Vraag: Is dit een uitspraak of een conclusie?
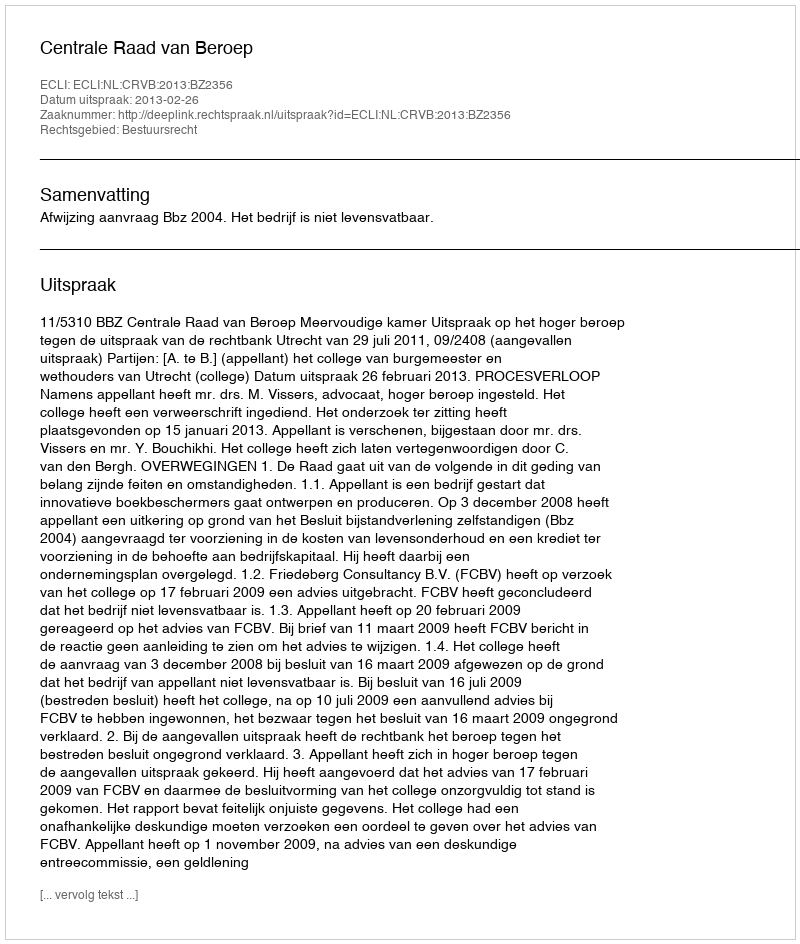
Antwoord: Uitspraak